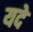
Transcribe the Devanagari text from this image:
यदे